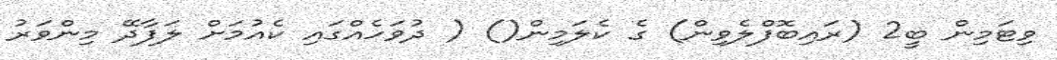
ވިޓަމިން ބީ2 (ރައިބޮފްލެވިން) ގެ ކެލަމިން() ( ދުވަހެއްގައި ކެއުމަށް ލަފާދޭ މިންވަރު